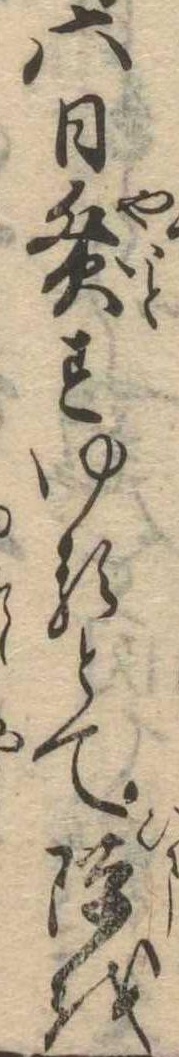
六日灸すゆるとて隙を